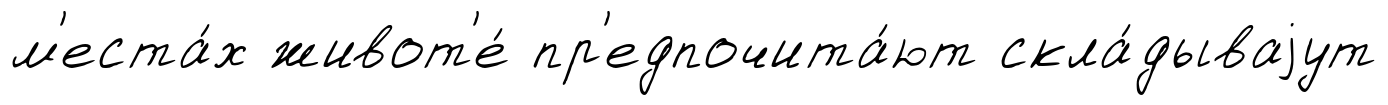
м'еста́х живот'е́ пр'едпочита́ют скла́дываjут